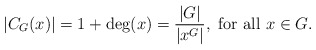
\begin{align*}|C_G(x)| = 1+ \deg(x) = {\frac{|G|}{|x^G|}}, \textrm{ for all }x\in G. \end{align*}